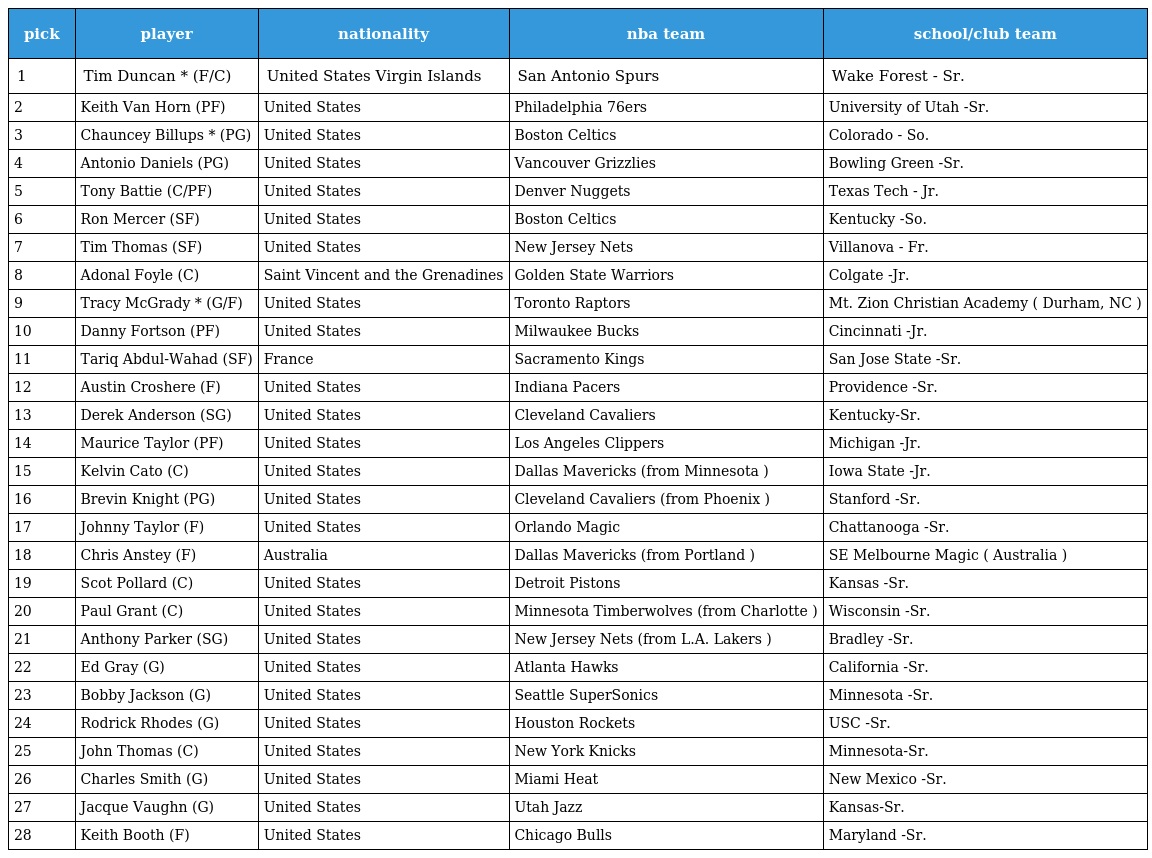
| pick | player | nationality | nba team | school/club team |
 | --- | --- | --- | --- | --- |
 | 1 | Tim Duncan * (F/C) | United States Virgin Islands | San Antonio Spurs | Wake Forest - Sr. |
 | 2 | Keith Van Horn (PF) | United States | Philadelphia 76ers | University of Utah -Sr. |
 | 3 | Chauncey Billups * (PG) | United States | Boston Celtics | Colorado - So. |
 | 4 | Antonio Daniels (PG) | United States | Vancouver Grizzlies | Bowling Green -Sr. |
 | 5 | Tony Battie (C/PF) | United States | Denver Nuggets | Texas Tech - Jr. |
 | 6 | Ron Mercer (SF) | United States | Boston Celtics | Kentucky -So. |
 | 7 | Tim Thomas (SF) | United States | New Jersey Nets | Villanova - Fr. |
 | 8 | Adonal Foyle (C) | Saint Vincent and the Grenadines | Golden State Warriors | Colgate -Jr. |
 | 9 | Tracy McGrady * (G/F) | United States | Toronto Raptors | Mt. Zion Christian Academy ( Durham, NC ) |
 | 10 | Danny Fortson (PF) | United States | Milwaukee Bucks | Cincinnati -Jr. |
 | 11 | Tariq Abdul-Wahad (SF) | France | Sacramento Kings | San Jose State -Sr. |
 | 12 | Austin Croshere (F) | United States | Indiana Pacers | Providence -Sr. |
 | 13 | Derek Anderson (SG) | United States | Cleveland Cavaliers | Kentucky-Sr. |
 | 14 | Maurice Taylor (PF) | United States | Los Angeles Clippers | Michigan -Jr. |
 | 15 | Kelvin Cato (C) | United States | Dallas Mavericks (from Minnesota ) | Iowa State -Jr. |
 | 16 | Brevin Knight (PG) | United States | Cleveland Cavaliers (from Phoenix ) | Stanford -Sr. |
 | 17 | Johnny Taylor (F) | United States | Orlando Magic | Chattanooga -Sr. |
 | 18 | Chris Anstey (F) | Australia | Dallas Mavericks (from Portland ) | SE Melbourne Magic ( Australia ) |
 | 19 | Scot Pollard (C) | United States | Detroit Pistons | Kansas -Sr. |
 | 20 | Paul Grant (C) | United States | Minnesota Timberwolves (from Charlotte ) | Wisconsin -Sr. |
 | 21 | Anthony Parker (SG) | United States | New Jersey Nets (from L.A. Lakers ) | Bradley -Sr. |
 | 22 | Ed Gray (G) | United States | Atlanta Hawks | California -Sr. |
 | 23 | Bobby Jackson (G) | United States | Seattle SuperSonics | Minnesota -Sr. |
 | 24 | Rodrick Rhodes (G) | United States | Houston Rockets | USC -Sr. |
 | 25 | John Thomas (C) | United States | New York Knicks | Minnesota-Sr. |
 | 26 | Charles Smith (G) | United States | Miami Heat | New Mexico -Sr. |
 | 27 | Jacque Vaughn (G) | United States | Utah Jazz | Kansas-Sr. |
 | 28 | Keith Booth (F) | United States | Chicago Bulls | Maryland -Sr. |